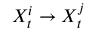
X _ { t } ^ { i } \rightarrow X _ { t } ^ { j }